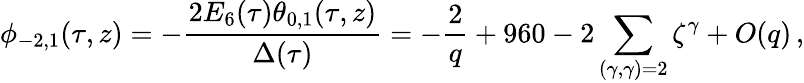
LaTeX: \phi_{-2,1}(\tau,z)=-\frac{2E_{6}(\tau)\theta_{0,1}(\tau,z)}{\Delta(\tau)}=-\frac{2}{q}+960-2\sum_{(\gamma,\gamma)=2}\zeta^{\gamma}+O(q)\, ,